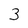
Character: 3